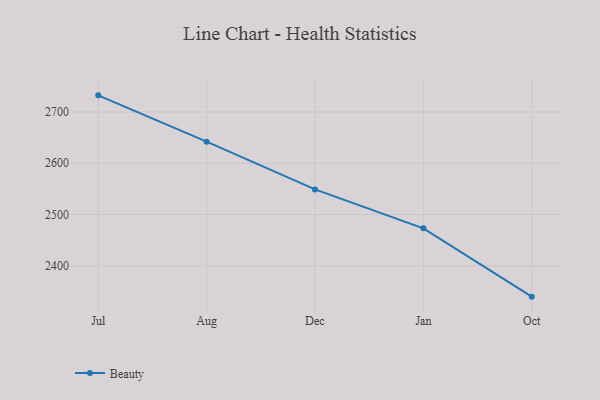
{"axis": {"x": "Month", "y": "Headcount"}, "legend": ["Beauty"], "data": [{"x": "Jul", "y": 2732.5, "type": "Beauty"}, {"x": "Aug", "y": 2642.2, "type": "Beauty"}, {"x": "Dec", "y": 2549.1, "type": "Beauty"}, {"x": "Jan", "y": 2473.1, "type": "Beauty"}, {"x": "Oct", "y": 2339.9, "type": "Beauty"}]}